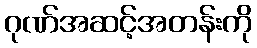
ဂုဏ်အဆင့်အတန်းကို